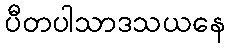
ပီတပါသာဒသယနေ